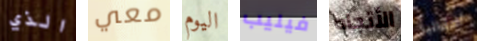
الذي معي اليوم فيليب الأتجاه أستراليا